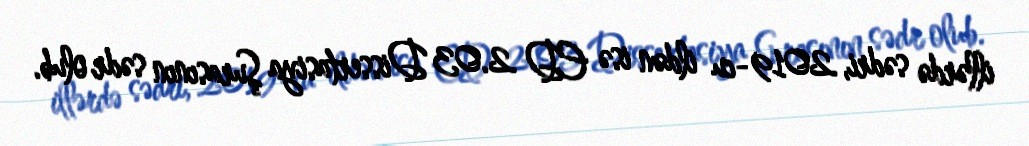
illərdə sədri, 2019-cu ildən isə ED 2.03 Dissertasiya Şurasının sədr olub.